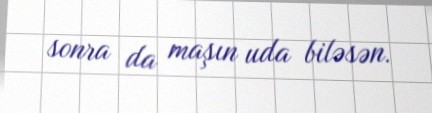
sonra da maşın uda biləsən.